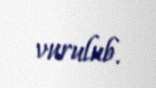
vurulub.